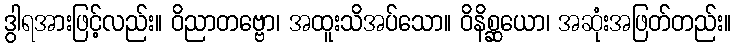
ဒွါရအားဖြင့်လည်း။ ဝိညာတဗ္ဗော၊ အထူးသိအပ်သော။ ဝိနိစ္ဆယော၊ အဆုံးအဖြတ်တည်း။